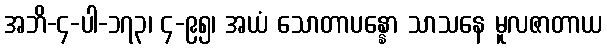
အဘိ-၄-ပါ-၁၇၃၊ ၄-၉၅၊ အယံ သောတာပန္နော သာသနေ မူလဇာတာယ